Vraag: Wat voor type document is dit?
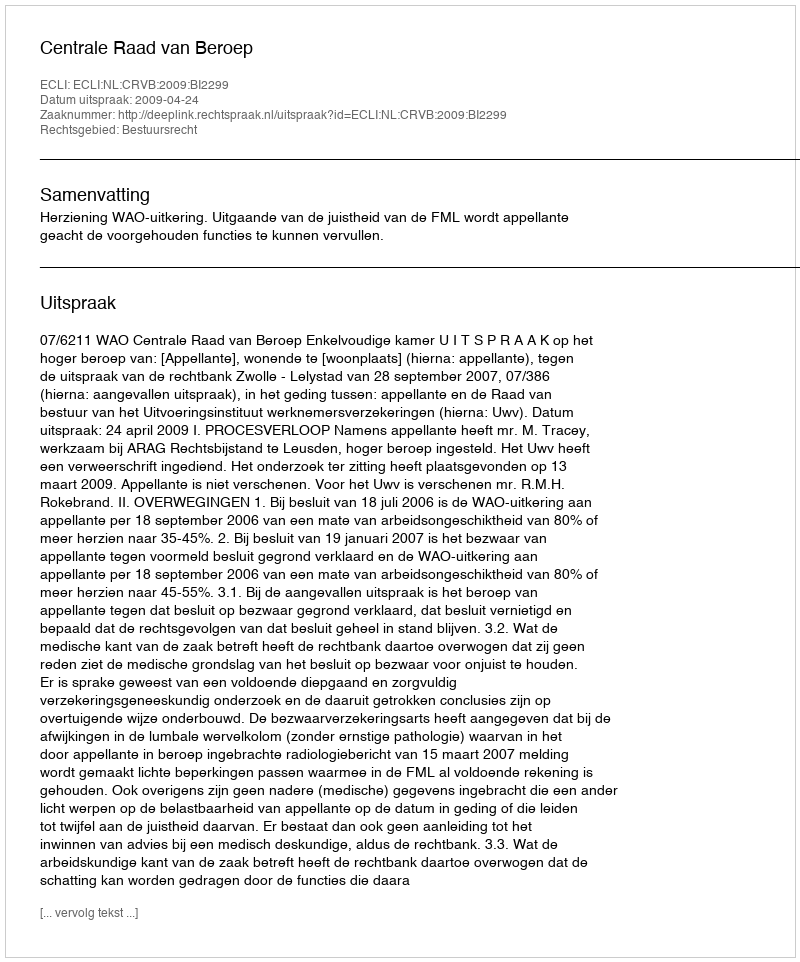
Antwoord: Uitspraak